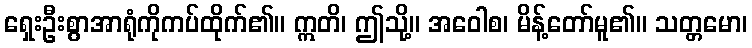
ရှေးဦးစွာအာရုံကိုကပ်ထိုက်၏။ ဣတိ၊ ဤသို့။ အဝေါစ၊ မိန့်တော်မူ၏။ သတ္တမော၊